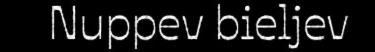
Nuppev bieljev